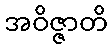
အဝိဇ္ဇာတိ